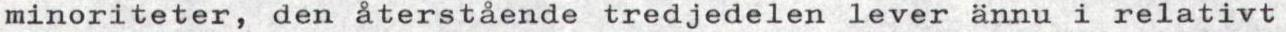
minoriteter, den återstående tredjedelen lever ännu i relativt